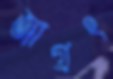
জাগ্রৎ